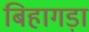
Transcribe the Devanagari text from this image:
बिहागड़ा